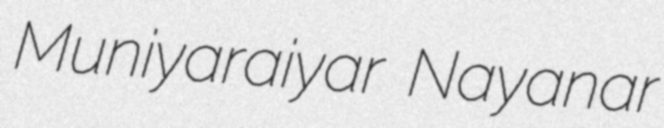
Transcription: Muniyaraiyar Nayanar